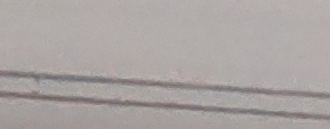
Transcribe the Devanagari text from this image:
एक वर्षको
बालबालिका